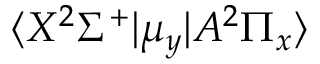
\langle X ^ { 2 } \Sigma ^ { + } | \mu _ { y } | A ^ { 2 } \Pi _ { x } \rangle